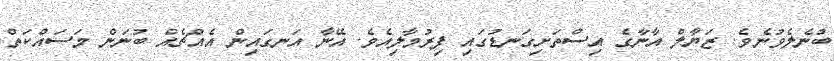
ބުނެލެވުނެވެ. ޒަޔާލް އާނާގެ އިސްތަށިގަނޑުގައި ފިރުމާލިއެވެ. އޭނާ އަނގައިން އެއްޗެއް ބުނަން މަސައްކަތް